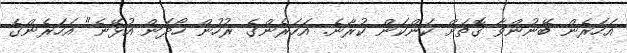
އަހަރެން ބޭނުންވާ ގޮތަށް ކަންކަން ކުރާނެ. އަހަރެންގެ ރުހުން ހޯދަން އުޅޭނެ" އަހަރެންގެ